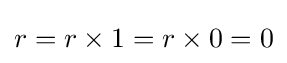
r=r\times 1=r\times 0=0